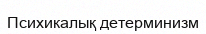
Психикалық детерминизм